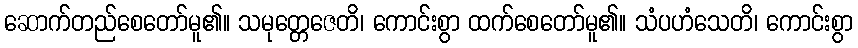
ဆောက်တည်စေတော်မူ၏။ သမုတ္တေဇေတိ၊ ကောင်းစွာ ထက်စေတော်မူ၏။ သံပဟံသေတိ၊ ကောင်းစွာ